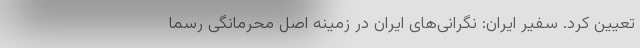
تعیین کرد. سفیر ایران: نگرانی‌های ایران در زمینه اصل محرمانگی رسما